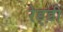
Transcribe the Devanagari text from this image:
रेड्ड़ी